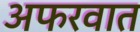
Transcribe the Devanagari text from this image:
अफरवात